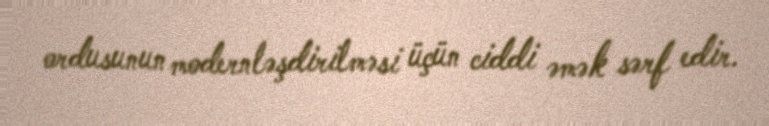
ordusunun modernləşdirilməsi üçün ciddi əmək sərf edir.